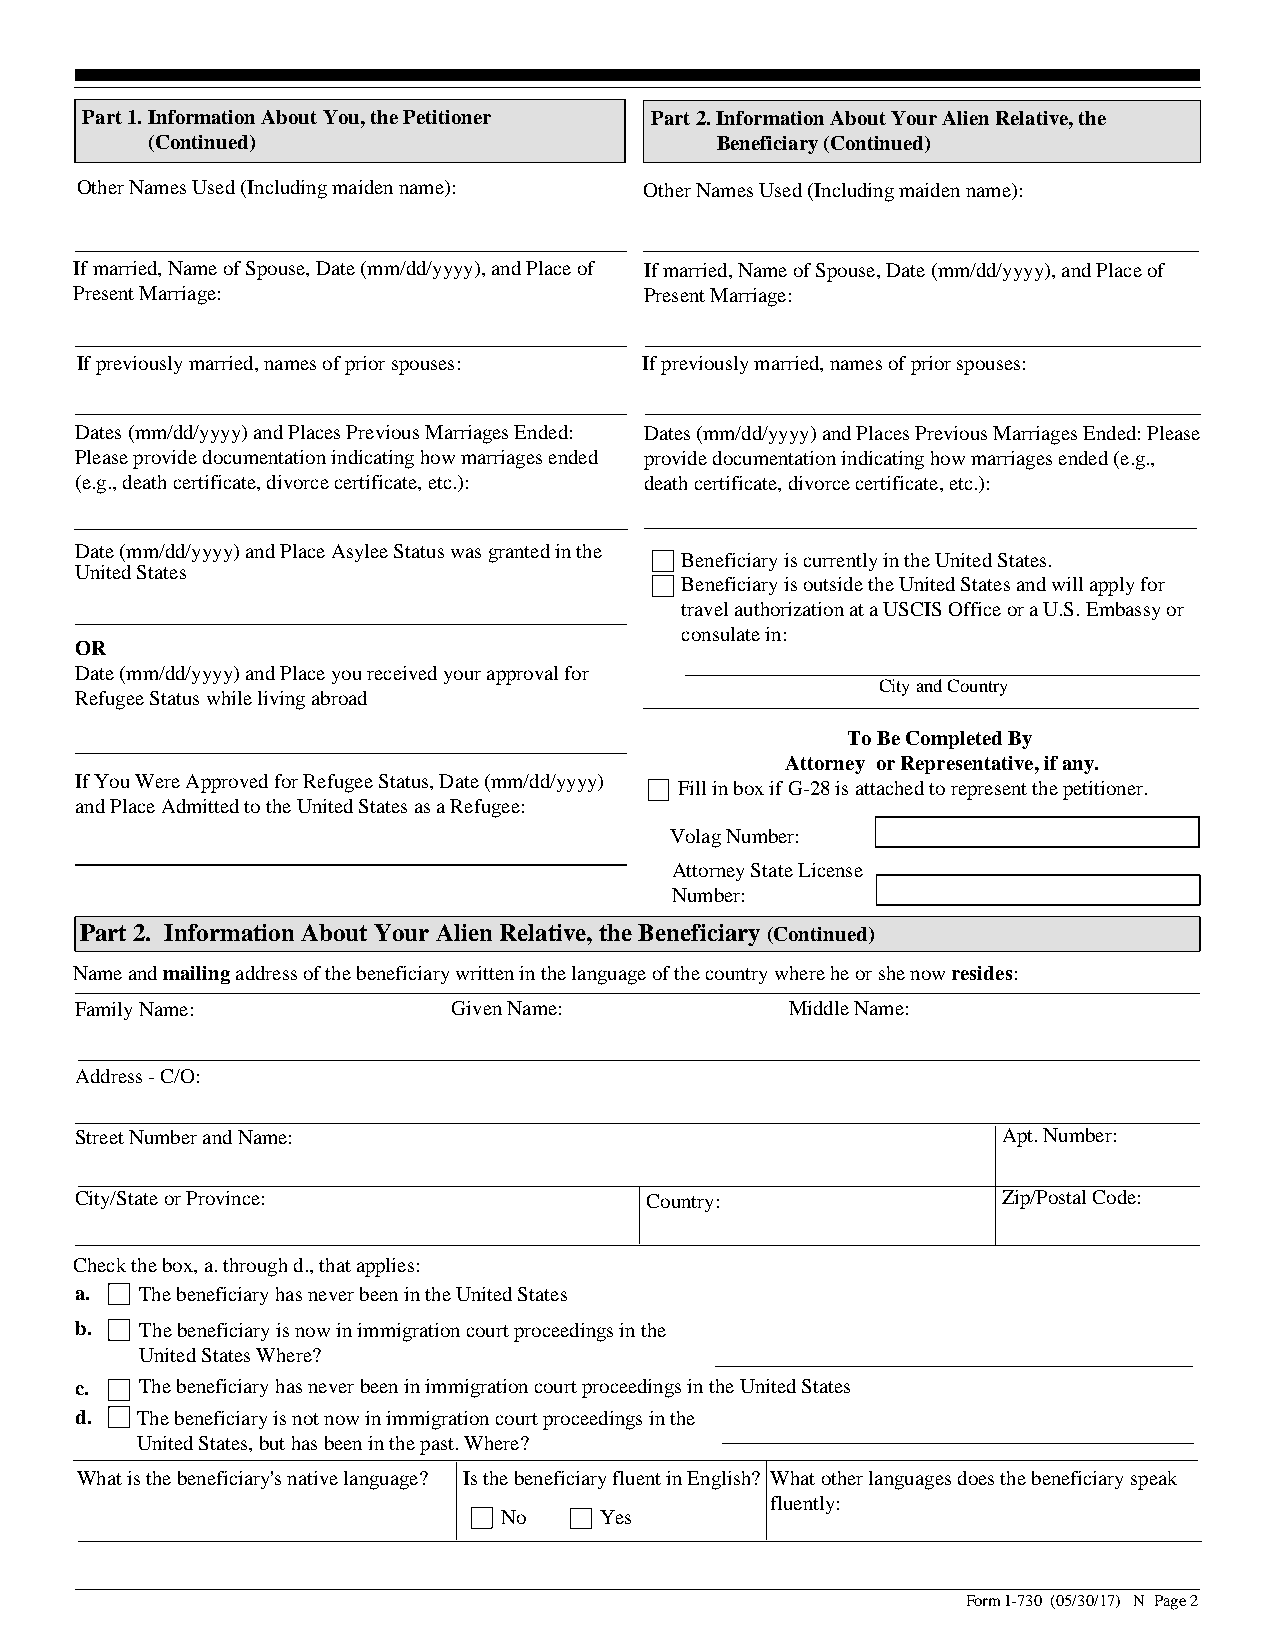
Part 1. Information About You, the Petitioner Part 2. Information About Your Alien Relative, the
 (Continued)                          Beneficiary (Continued)
 Other Names Used (Including maiden name): Other Names Used (Including maiden name):
 If married, Name of Spouse, Date (mm/dd/yyyy), and Place of If married, Name of Spouse, Date (mm/dd/yyyy), and Place of
 Present Marriage:                     Present Marriage:
 If previously married, names of prior spouses: If previously married, names of prior spouses:
 Dates (mm/dd/yyyy) and Places Previous Marriages Ended: Dates (mm/dd/yyyy) and Places Previous Marriages Ended: Please
 Please provide documentation indicating how marriages ended provide documentation indicating how marriages ended (e.g.,
 (e.g., death certificate, divorce certificate, etc.): death certificate, divorce certificate, etc.):
 Date (mm/dd/yyyy) and Place Asylee Status was granted in the
 Beneficiary is currently in the United States.
 United States
 Beneficiary is outside the United States and will apply for
 travel authorization at a USCIS Office or a U.S. Embassy or
 consulate in:
 OR
 Date (mm/dd/yyyy) and Place you received your approval for
 City and Country
 Refugee Status while living abroad
 To Be Completed By
 Attorney or Representative, if any.
 If You Were Approved for Refugee Status, Date (mm/dd/yyyy)
 Fill in box if G-28 is attached to represent the petitioner.
 and Place Admitted to the United States as a Refugee:
 Volag Number:
 Attorney State License
 Number:
 Part 2. Information About Your Alien Relative, the Beneficiary (Continued)
 Name and mailing address of the beneficiary written in the language of the country where he or she now resides:
 Family Name:             Given Name:           Middle Name:
 Address - C/O:
 Street Number and Name:                                      Apt. Number:
 City/State or Province:               Country:               Zip/Postal Code:
 Check the box, a. through d., that applies:
 a.  The beneficiary has never been in the United States
 b.  The beneficiary is now in immigration court proceedings in the
 United States Where?
 c.  The beneficiary has never been in immigration court proceedings in the United States
 d.  The beneficiary is not now in immigration court proceedings in the
 United States, but has been in the past. Where?
 What is the beneficiary's native language? Is the beneficiary fluent in English? What other languages does the beneficiary speak
 fluently:
 No     Yes
 Form I-730 (05/30/17) N Page 2